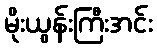
မိုးယွန်းကြီးအင်း